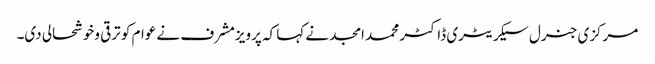
مرکزی جنرل سیکریٹری ڈاکٹر محمد امجد نے کہا کہ پرویزمشرف نے عوام کو ترقی وخوشحالی دی۔